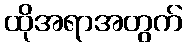
ထိုအရာအတွက်